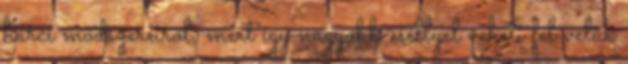
harci módszereiről, mert így nagyobb eséllyel veheti fel velük